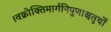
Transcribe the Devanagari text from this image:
।वक्रोक्तिमार्गनिपुणाश्चतुर्थों